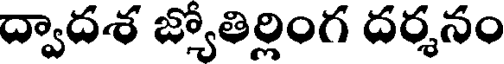
ద్వాదశ జ్యోతిర్లింగ దర్శనం